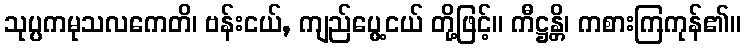
သုပ္ပကမုသလကေတိ၊ ဗန်းငယ်, ကျည်ပွေ့ငယ် တို့ဖြင့်။ ကီဋ္ဌန္တိ၊ ကစားကြကုန်၏။